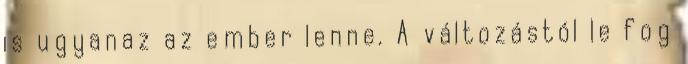
is ugyanaz az ember lenne. A változástól le fog